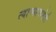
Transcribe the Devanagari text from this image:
त्याच्यामागेही